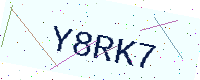
Text: Y8RK7